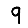
Digit: 9